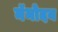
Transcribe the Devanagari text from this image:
नॅनोदय